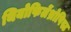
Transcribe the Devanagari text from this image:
थियोफिलेंथ्रोपिस्ट